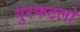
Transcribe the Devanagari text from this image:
गुरफटलो